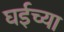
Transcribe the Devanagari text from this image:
घईच्या